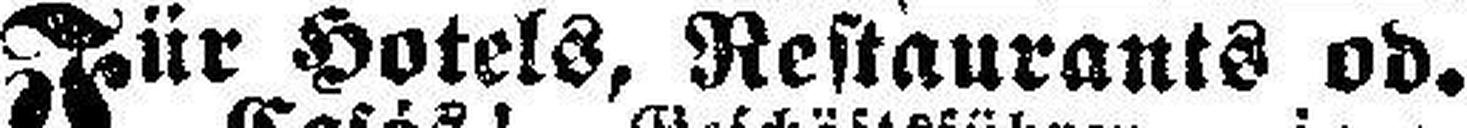
Für Hotels, Restaurants od.